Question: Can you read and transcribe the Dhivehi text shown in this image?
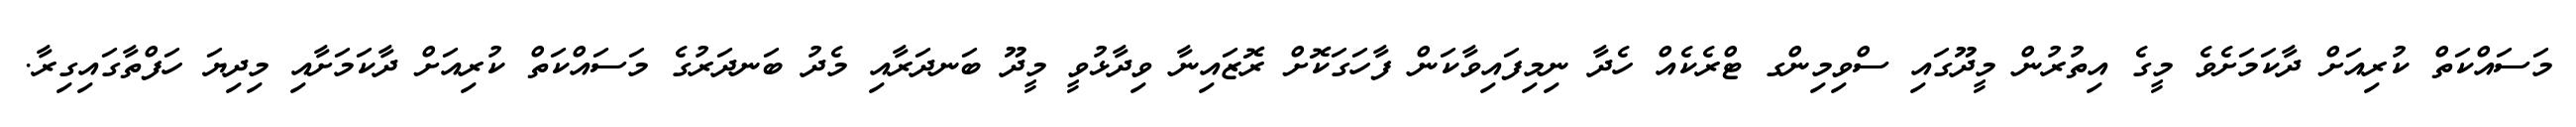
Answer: މަސައްކަތް ކުރިއަށް ދާކަމަށެވެ މީގެ އިތުރުން މީދޫގައި ސްވިމިންގ ޓްރެކެއް ހެދާ ނިމިފައިވާކަން ފާހަގަކޮށް ރޮޒައިނާ ވިދާޅުވީ މީދޫ ބަނދަރާއި މެދު ބަނދަރުގެ މަސައްކަތް ކުރިއަށް ދާކަމަށާއި މިދިޔަ ހަފްތާގައިގިރާ.